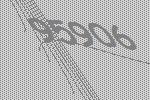
95906